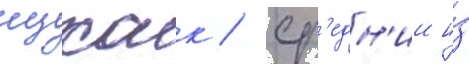
ицхак / ср'едн'ии и́з